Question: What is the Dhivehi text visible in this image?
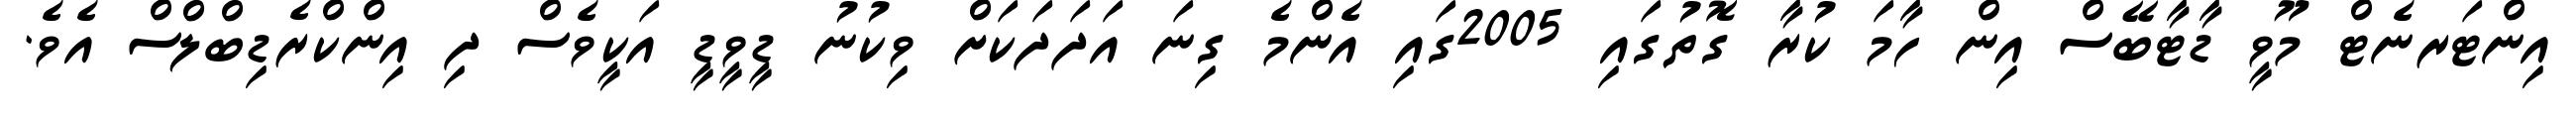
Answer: އިންޓަރނެޓް މޫވީ ޑާޓާބޭސް އިން ހާމަ ކުރާ ގޮތުގައި 2005ގައި އެންމެ ގިނަ އަދަދަކަށް ވިކުނު ޑީވީޑީ އަކީވެސް ދި އިންކްރެޑިބްލްސް އެވެ.